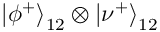
\left| \phi ^ { + } \right\rangle _ { 1 2 } \otimes \left| \nu ^ { + } \right\rangle _ { 1 2 }